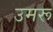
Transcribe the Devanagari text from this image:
उमरू